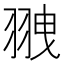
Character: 䎈